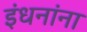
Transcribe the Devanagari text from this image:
इंधनांना